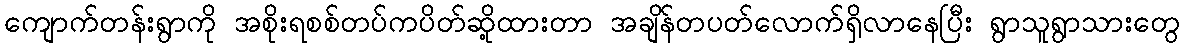
ကျောက်တန်းရွာကို အစိုးရစစ်တပ်ကပိတ်ဆို့ထားတာ အချိန်တပတ်လောက်ရှိလာနေပြီး ရွာသူရွာသားတွေ